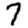
Digit: 7